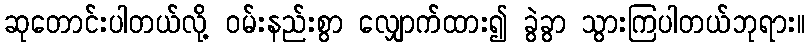
ဆုတောင်းပါတယ်လို့ ဝမ်းနည်းစွာ လျှောက်ထား၍ ခွဲခွာ သွားကြပါတယ်ဘုရား။